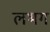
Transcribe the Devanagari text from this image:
लभग